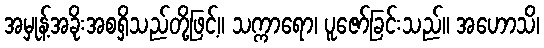
အမှုန့်အခိုးအစရှိသည်တို့ဖြင့်။ သက္ကာရော၊ ပူဇော်ခြင်းသည်။ အဟောသိ၊